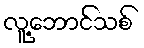
လူ့ဘောင်သစ်